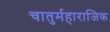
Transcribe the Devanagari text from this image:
चातुर्महाराजिक